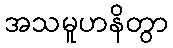
အသမူဟနိတွာ